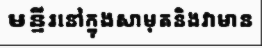
មន្ទីរនៅក្នុងសាមុតនិងវាមាន